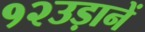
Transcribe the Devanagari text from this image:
१२उड़ानें